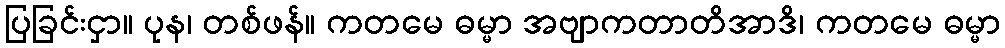
ပြခြင်းငှာ။ ပုန၊ တစ်ဖန်။ ကတမေ ဓမ္မာ အဗျာကတာတိအာဒိ၊ ကတမေ ဓမ္မာ